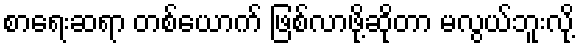
စာရေးဆရာ တစ်ယောက် ဖြစ်လာဖို့ဆိုတာ မလွယ်ဘူးလို့